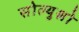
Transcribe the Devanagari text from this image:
सोल्युश्नो